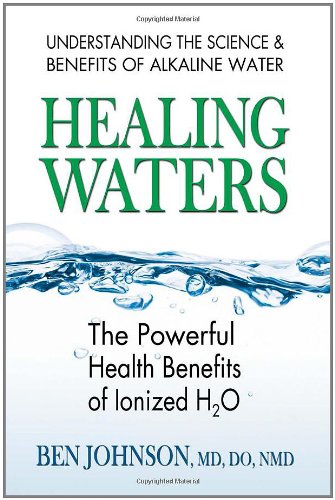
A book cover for Healing Waters: The Powerful Health Benefits of Ionized H2O; Ben Johnson; Health, Fitness & Dieting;